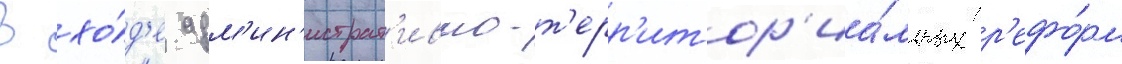
В хо́д'е адм'ин'истрат'ивно-т'ерр'итор'иа́льных р'ефо́рм